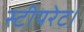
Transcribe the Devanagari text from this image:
स्टीयरेट।